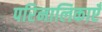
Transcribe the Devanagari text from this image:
परिनालिकाएँ